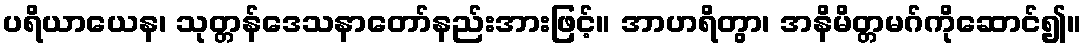
ပရိယာယေန၊ သုတ္တန်ဒေသနာတော်နည်းအားဖြင့်။ အာဟရိတွာ၊ အနိမိတ္တမဂ်ကိုဆောင်၍။